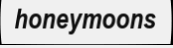
honeymoons